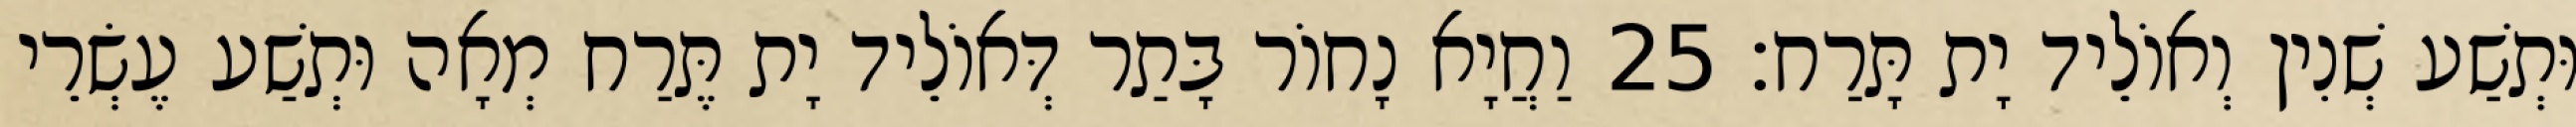
וּתְשַׁע שְׁנִין וְאוֹלֵיד יָת תָּרַח׃ 25 וַחֲיָא נָחוֹר בָּתַר דְּאוֹלֵיד יָת תֶּרַח מְאָה וּתְשַׁע עֶשְׂרֵי